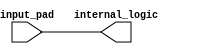
module low_power_buffer (
    input wire input_pad,
    output wire internal_logic
);

    // Insert level shifting logic here

    // Insert signal conditioning logic here

    // Insert impedance matching logic here

    assign internal_logic = input_pad; // Dummy assignment for demonstration purpose

endmodule